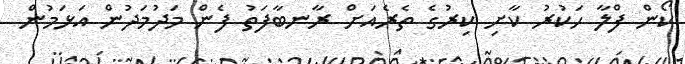
ކޯން ފްލާ ހަކުރު ކާށި ކިރުގެ ތެރެއަށް ރާނބާފަތު ފެން މަދުމަދުން އަޅަމުން